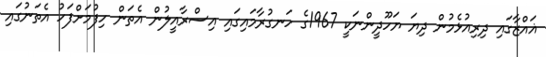
ޣައްޒާގައި ދިރިއުޅެމުން ދިޔަ ޔަހޫދީންނަކީ 1967ގެ ހަނގުރާމައިގައި އިސްރާއީލުން އެތަން ހިފުމަށްފަހު އެތަނުގައި